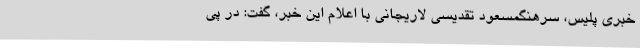
خبری پلیس، سرهنگمسعود تقدیسی لاریجانی با اعلام این خبر، گفت: در پی